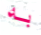
به